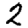
Digit: 2